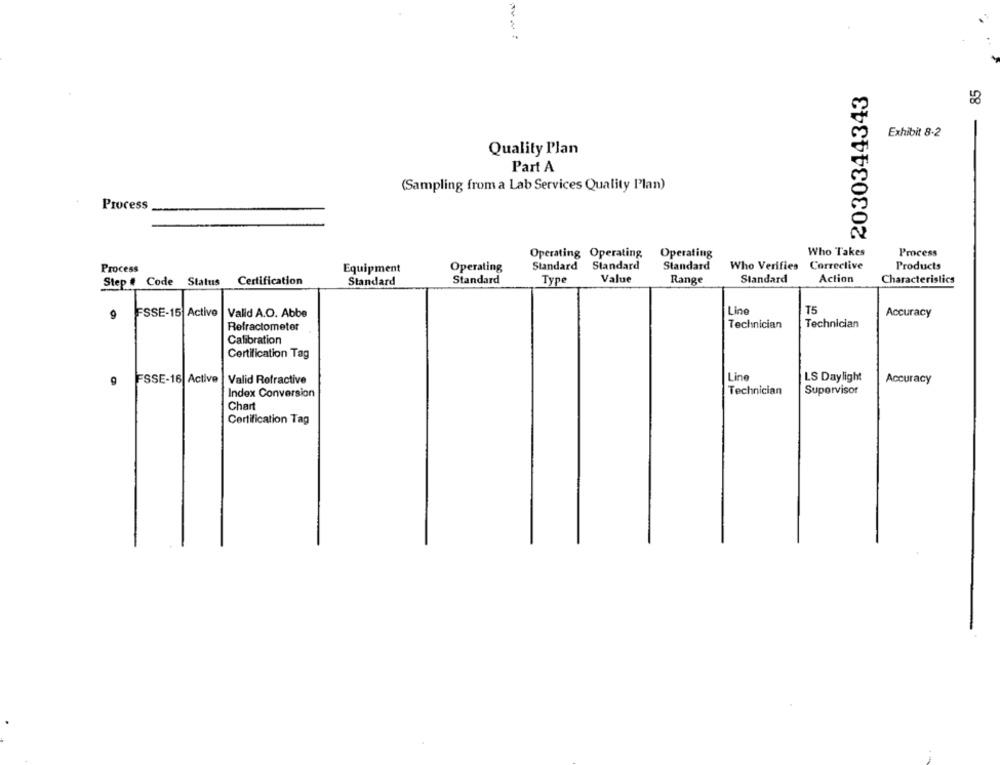
E 2030344343
Exhibit 8-2
Quality Plan
Part A
(Sampling from a Lab Services Quality Plan)
Process
Who Takes
Process
Operating Operating
Operating
Process
Equipment
Operating
Standard Standard
Standard
Who Verifies Correclive
Products
Step # Code Status
Certification
Standard
Standard
Type
Value
Range
Standard
Action
Characteristics
FSSE-15 Active
Valid A.O. Abbe
Line
T5
Accuracy
Refractometer
Technician
Technician
Calibration
Certification Tag
Line
FSSE-16 Active
Valid Refractive
LS Daylight
Accuracy
Technician
Index Conversion
Supervisor
Chart
Certification Tag